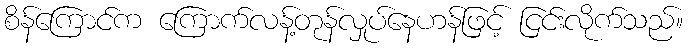
စိန်ကြောင်က ကြောက်လန့်တုန်လှုပ်နေဟန်ဖြင့် ငြင်းလိုက်သည်။